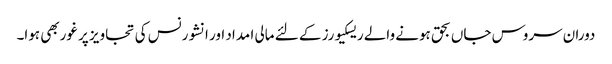
دوران سروس جاں بحق ہونے والے ریسکیورز کے لئے مالی ا مداد اور انشورنس کی تجاویز پر غوربھی ہوا۔